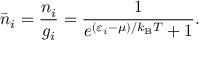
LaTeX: { \bar { n } } _ { i } = { \frac { n _ { i } } { g _ { i } } } = { \frac { 1 } { e ^ { ( \varepsilon _ { i } - \mu ) / k _ { \mathrm { { B } } } T } + 1 } } .